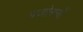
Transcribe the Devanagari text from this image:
बजोरनों